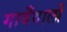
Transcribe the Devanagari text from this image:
गावँवालों